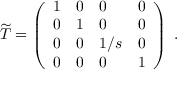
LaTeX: \widetilde { T } = \left( \begin{array} { l l l l } { { 1 } } & { { 0 } } & { { 0 } } & { { 0 } } \\ { { 0 } } & { { 1 } } & { { 0 } } & { { 0 } } \\ { { 0 } } & { { 0 } } & { { 1 / s } } & { { 0 } } \\ { { 0 } } & { { 0 } } & { { 0 } } & { { 1 } } \end{array} \right) \ .